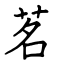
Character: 茗